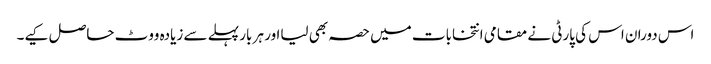
اس دوران اس کی پارٹی نے مقامی انتخابات میں حصہ بھی لیااور ہر بار پہلے سے زیادہ ووٹ حاصل کیے۔